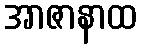
အာဇာနာထ